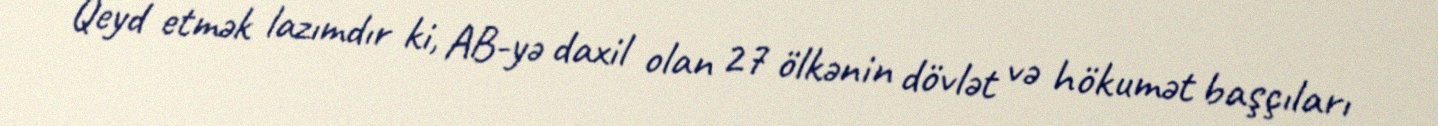
Qeyd etmək lazımdır ki, AB-yə daxil olan 27 ölkənin dövlət və hökumət başçıları